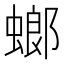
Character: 螂